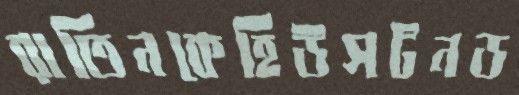
রাতিনকেহিউসটনড